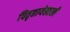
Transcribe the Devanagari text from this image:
पितृछायेखाली